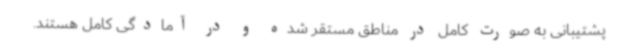
پشتیبانی به صورت کامل در مناطق مستقر شده و در آمادگی کامل هستند.